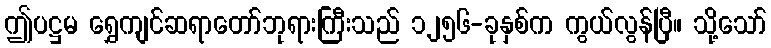
ဤပဋ္ဌမ ရွှေကျင်ဆရာတော်ဘုရားကြီးသည် ၁၂၅၆-ခုနှစ်က ကွယ်လွန်ပြီ။ သို့သော်